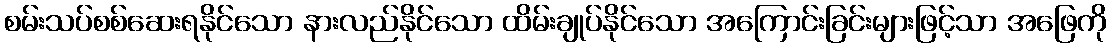
စမ်းသပ်စစ်ဆေးရနိုင်သော နားလည်နိုင်သော ထိမ်းချုပ်နိုင်သော အကြောင်းခြင်းများဖြင့်သာ အဖြေကို